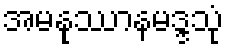
အမနုဿာနမဒ္ဒသုံ